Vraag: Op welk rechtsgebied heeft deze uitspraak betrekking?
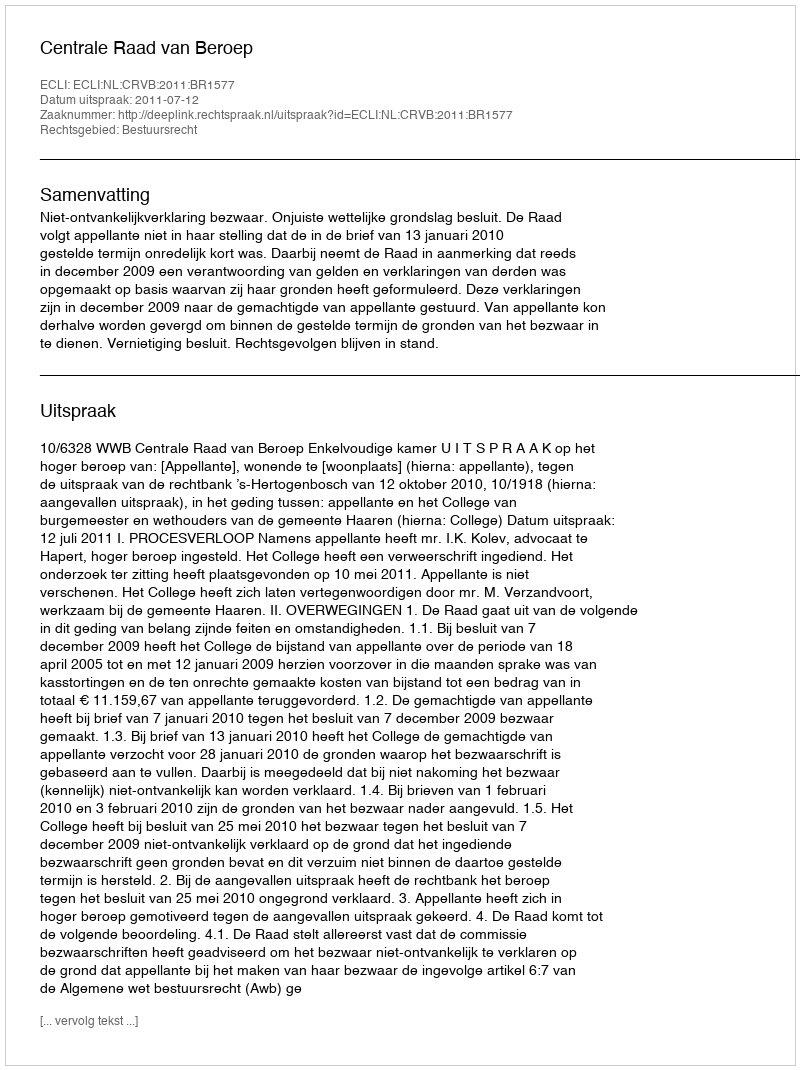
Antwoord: Bestuursrecht